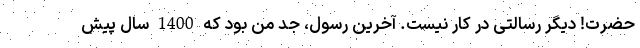
حضرت! دیگر رسالتی در کار نیست. آخرین رسول، جد من بود که 1400 سال پیش